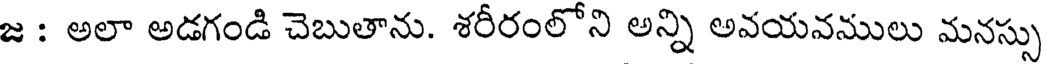
జ : అలా అడగండి చెబుతాను. శరీరంలోని అన్ని అవయవములు మనస్సు